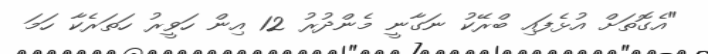
"އެގޮތަށް އުޅެފައި ބްރޭކު ނަގާނީ މެންދުރު 12 އިން ހަވީރު ހަތަރެކާ ހަމަ